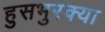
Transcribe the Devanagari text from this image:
हुसभुरक्या